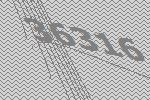
36316